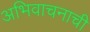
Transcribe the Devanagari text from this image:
अभिवाचनाची